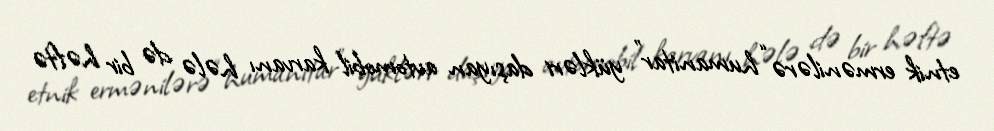
etnik ermənilərə “humanitar” yükləri daşıyan avtomobil karvanı hələ də bir həftə